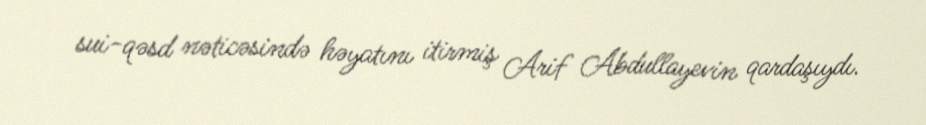
sui-qəsd nəticəsində həyatını itirmiş Arif Abdullayevin qardaşıydı.